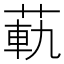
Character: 𦳛